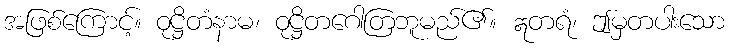
အဖြစ်ကြောင့်။ ဝုဋ္ဌိတံနာမ၊ ဝုဋ္ဌိတဂေါတြဘူမည်၏။ ဣတရံ၊ ဤမှတပါးသော